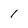
Character: 1